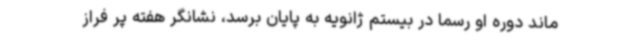
ماند دوره او رسما در بیستم ژانویه به پایان برسد، نشانگر هفته پر فراز